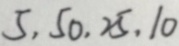
5 , 5 0 , 2 5 , 1 0